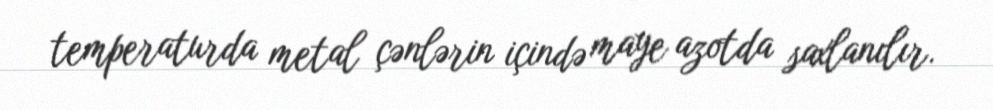
temperaturda metal çənlərin içində maye azotda saxlanılır.